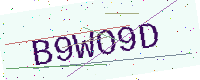
Text: B9WO9D